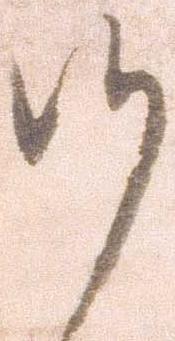
候